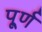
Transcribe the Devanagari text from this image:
पू्र्ण